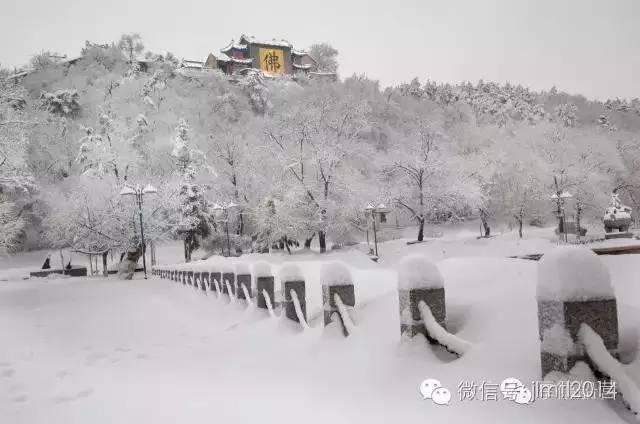
三日柴门拥不开，阶平庭满白皑皑。